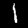
Digit: 1